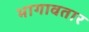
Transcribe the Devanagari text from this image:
भागावतार